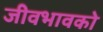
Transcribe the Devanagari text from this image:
जीवभावको